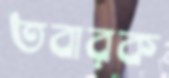
তবারক